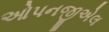
ઓપનજીએલ